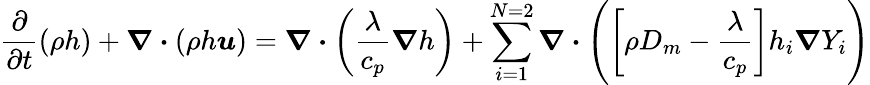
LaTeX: \frac{\partial}{\partial t}(\rho h)+\boldsymbol{\nabla\cdot}(\rho h\boldsymbol{u})=\boldsymbol{\nabla\cdot}\bigg(\frac{\lambda}{c_{p}}\boldsymbol{\nabla}h\bigg)+\sum_{i=1}^{N=2}\boldsymbol{\nabla\cdot}\Bigg(\bigg[\rho D_{m}-\frac{\lambda}{c_{p}}\bigg]h_{i}\boldsymbol{\nabla}Y_{i}\Bigg)